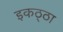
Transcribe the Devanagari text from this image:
इकठ्‌ठा